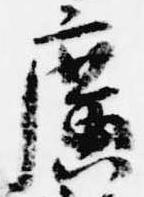
広